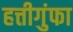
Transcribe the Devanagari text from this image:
हत्तीगुंफा